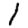
Digit: 1